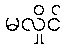
မလှိုင်